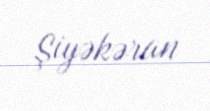
Şiyəkəran